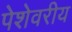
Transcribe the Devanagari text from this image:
पेशेवरीय